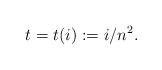
LaTeX: \begin{align*} t = t(i) := i/n^2.\end{align*}